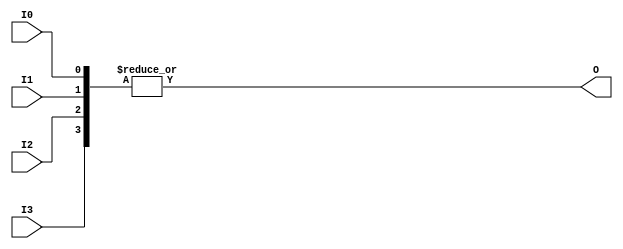
module Or4xNone (
    input I0,
    input I1,
    input I2,
    input I3,
    output O
);
assign O = | ({I3,I2,I1,I0});
endmodule

module Encoder8 (
    input [7:0] I,
    output [2:0] O
);
wire Or4xNone_inst0_O;
wire Or4xNone_inst1_O;
wire Or4xNone_inst2_O;
Or4xNone Or4xNone_inst0 (
    .I0(I[1]),
    .I1(I[3]),
    .I2(I[5]),
    .I3(I[7]),
    .O(Or4xNone_inst0_O)
);
Or4xNone Or4xNone_inst1 (
    .I0(I[2]),
    .I1(I[3]),
    .I2(I[6]),
    .I3(I[7]),
    .O(Or4xNone_inst1_O)
);
Or4xNone Or4xNone_inst2 (
    .I0(I[4]),
    .I1(I[5]),
    .I2(I[6]),
    .I3(I[7]),
    .O(Or4xNone_inst2_O)
);
assign O = {Or4xNone_inst2_O,Or4xNone_inst1_O,Or4xNone_inst0_O};
endmodule